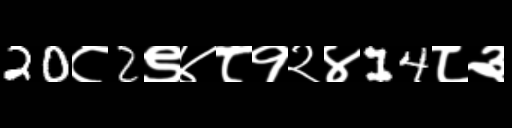
Text: 20८2९४८१२४14८३